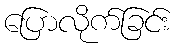
ပြောလိုက်ခြင်း